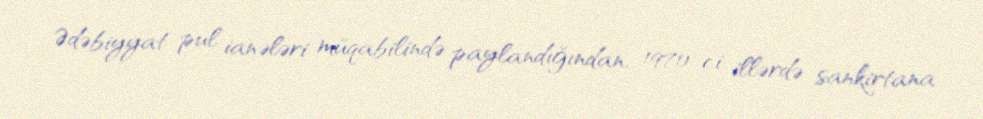
Ədəbiyyat pul ianələri müqabilində paylandığından, 1970-ci illərdə sankirtana